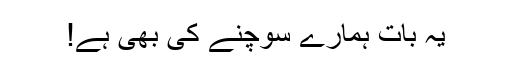
یہ بات ہمارے سوچنے کی بھی ہے!